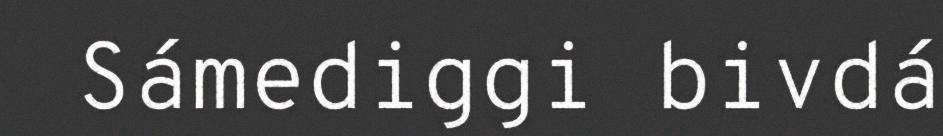
Sámediggi bivdá